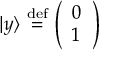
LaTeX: | y \rangle \ { \stackrel { \mathrm { d e f } } { = } } \ { \left( \begin{array} { l } { 0 } \\ { 1 } \end{array} \right) }